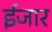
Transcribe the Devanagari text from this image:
ईजार